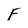
Character: F